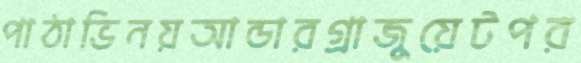
পাঠাভিনয়আন্ডারগ্রাজুয়েটপর